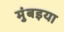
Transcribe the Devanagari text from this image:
मुंबइया